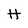
Character: H